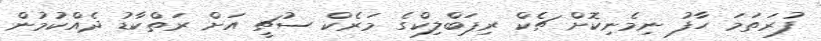
ފުރަތަމަ ހާފު ނިމެނިކޮށް ޗެކް ރިޕަބްލިކްގެ މަރެކް ސުޗީ އަށް ރަތްކާޑު ދެއްކުމުން